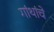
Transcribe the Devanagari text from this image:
गांथांचे